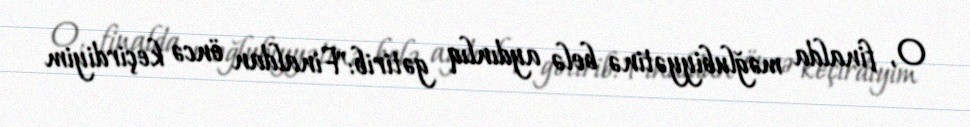
O, finalda məğlubiyyətinə belə aydınlıq gətirib:"Finaldan öncə keçirdiyim